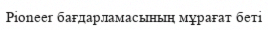
Pioneer бағдарламасының мұрағат беті